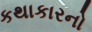
કથાકારનો